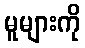
မူများကို